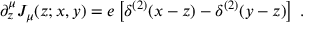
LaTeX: \partial _ { z } ^ { \mu } { \cal J } _ { \mu } ( z ; x , y ) = e \left[ \delta ^ { ( 2 ) } ( x - z ) - \delta ^ { ( 2 ) } ( y - z ) \right] \; .